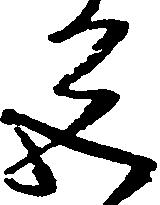
色